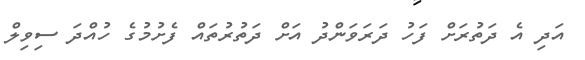
އަދި އެ ދަތުރަށް ފަހު ދަރަވަންދު އަށް ދަތުރުތައް ފެށުމުގެ ހުއްދަ ސިވިލް